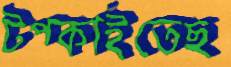
টপ্‌কাইতেছ